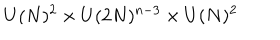
U ( N ) ^ { 2 } \times U ( 2 N ) ^ { n - 3 } \times U ( N ) ^ { 2 }